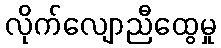
လိုက်လျောညီထွေမှု